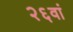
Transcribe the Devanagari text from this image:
२६वां